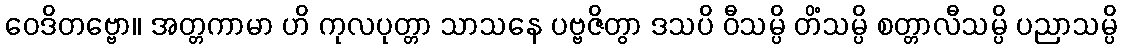
ဝေဒိတဗ္ဗော။ အတ္တကာမာ ဟိ ကုလပုတ္တာ သာသနေ ပဗ္ဗဇိတွာ ဒသပိ ဝီသမ္ပိ တိံသမ္ပိ စတ္တာလီသမ္ပိ ပညာသမ္ပိ